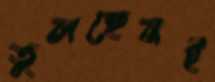
তুলছেনই